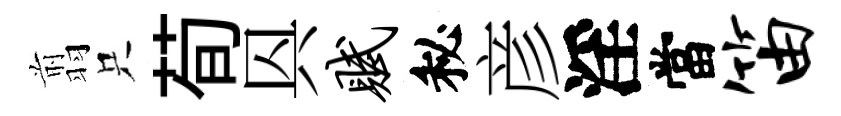
翦只荀㒷赋秘彦淫當笛